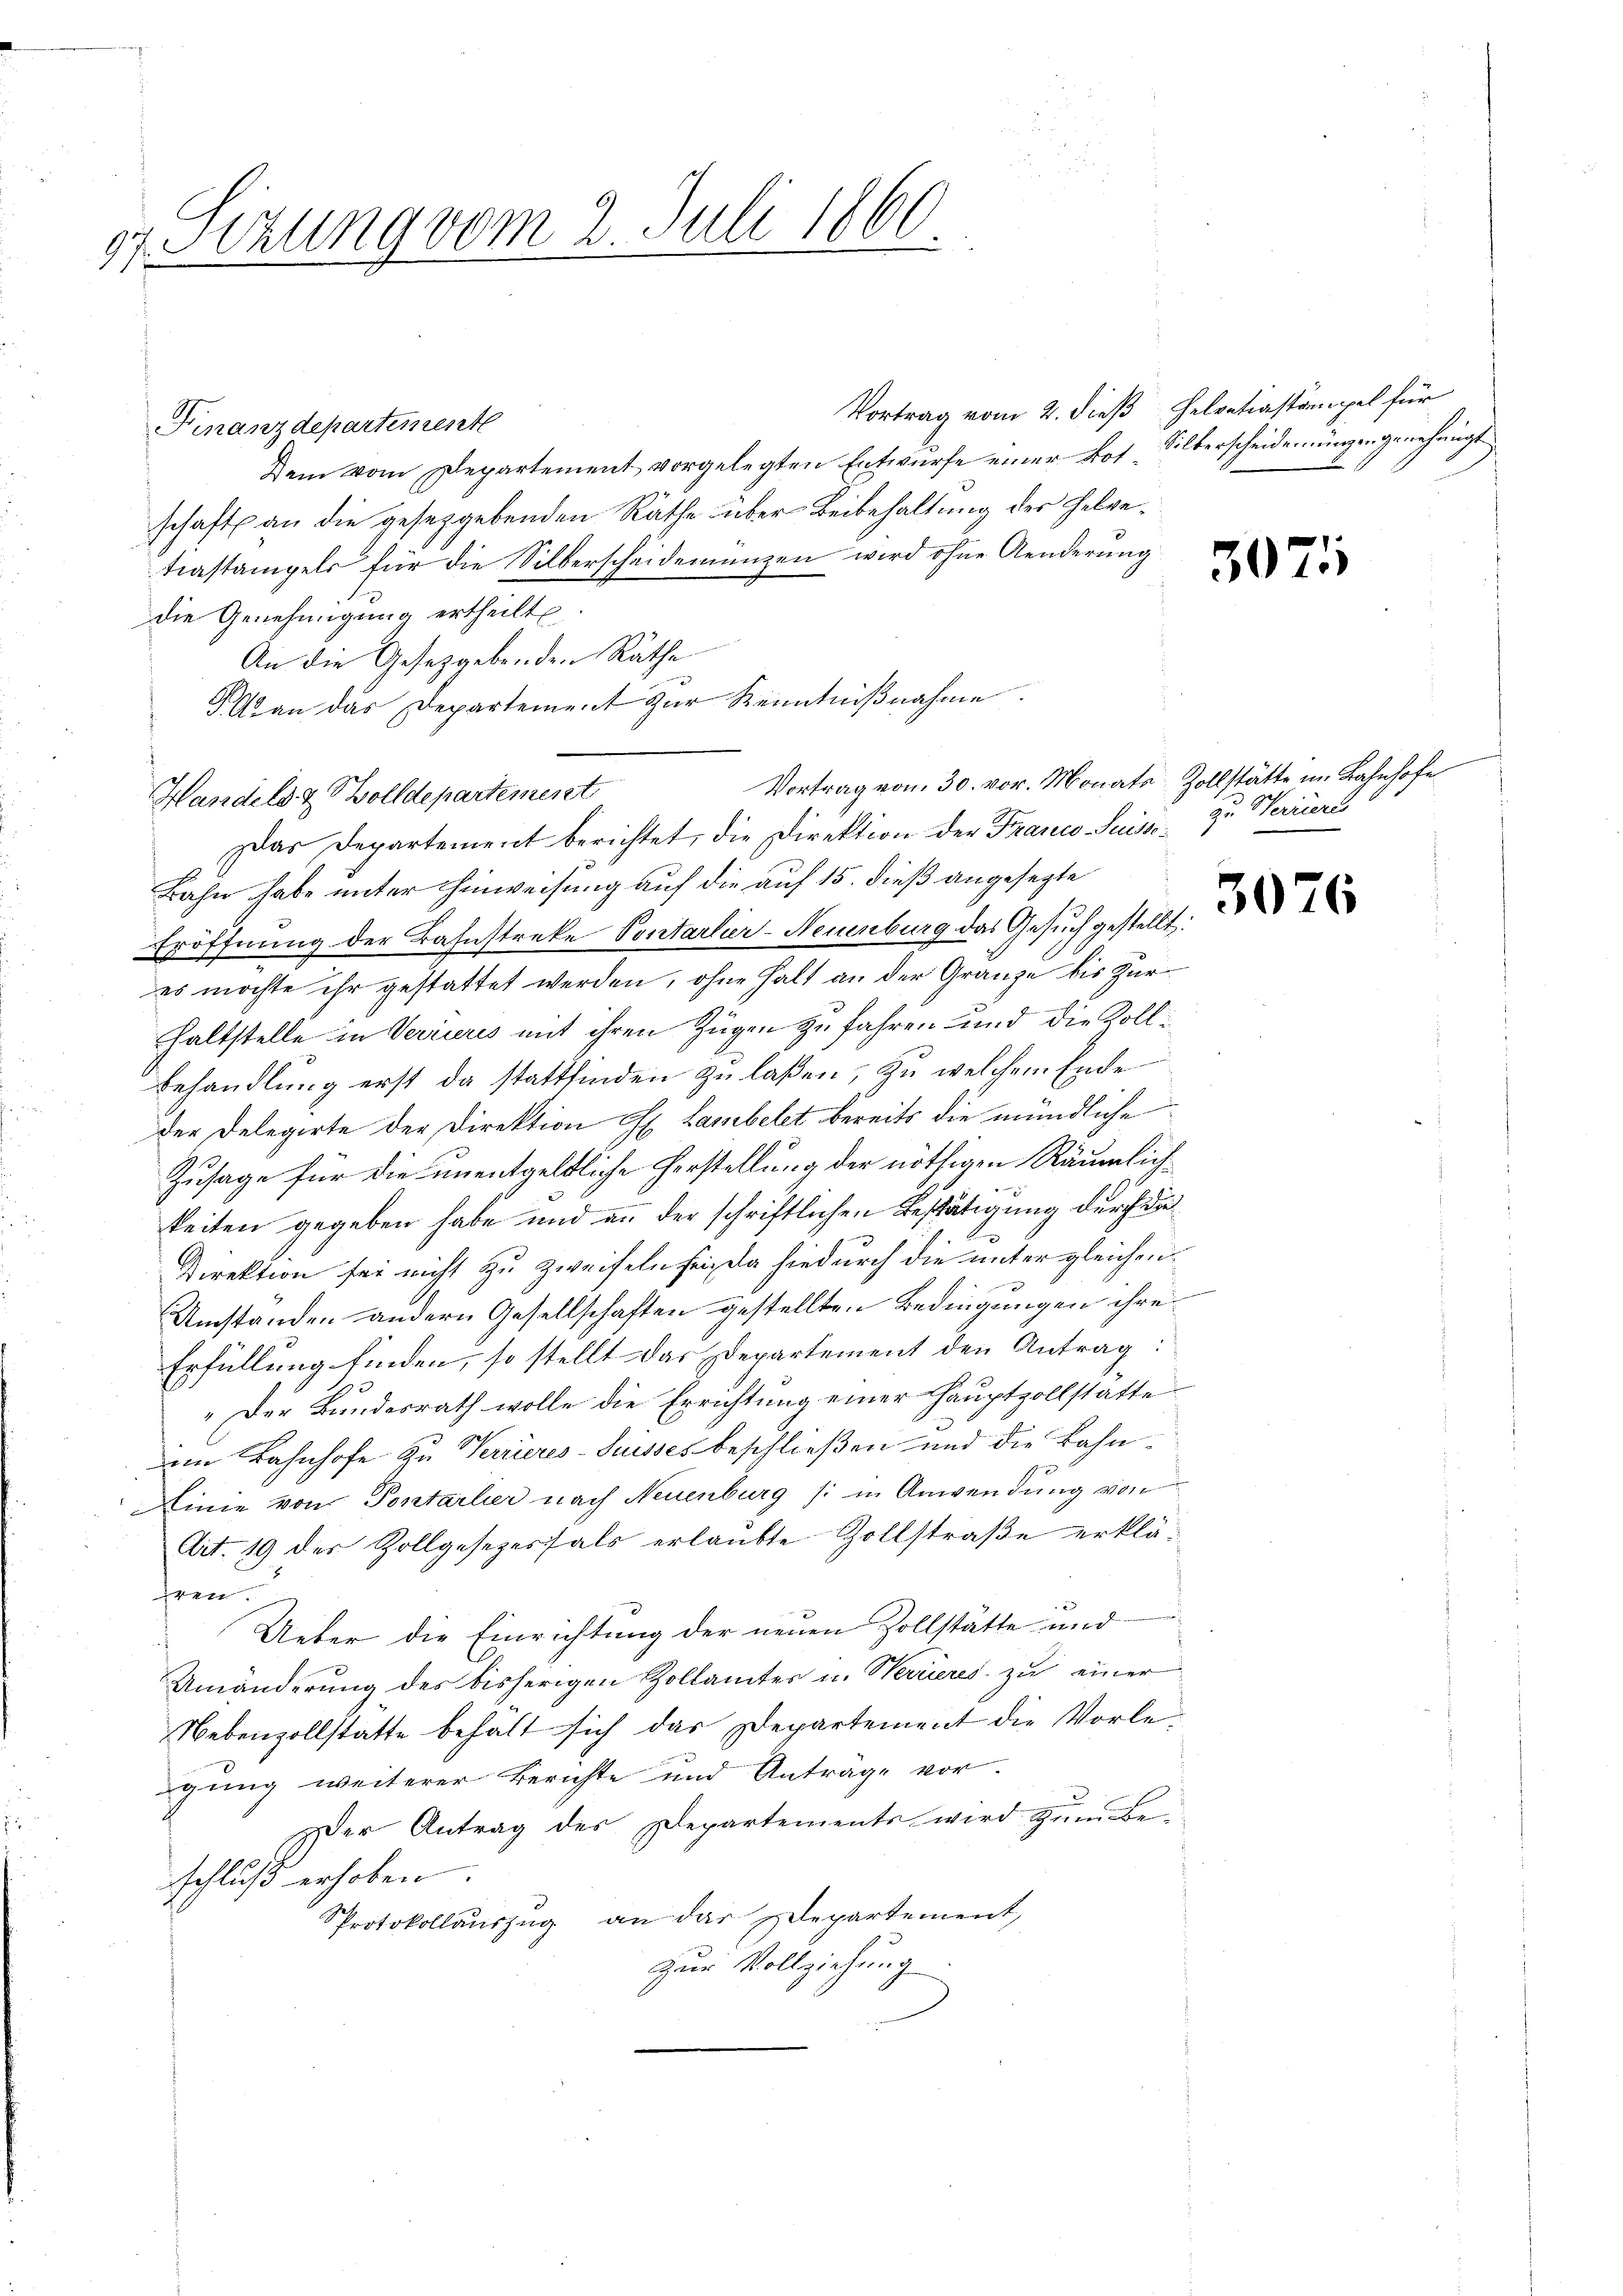
Sizung vom 2. Juli 1860
177

Finanzdepartement
Dem vom Departement vorgelegten Entwurfe einer Los. Silberscheidenungen genehmigt
schaft an die gesetzgebenden Räthe über Beibehaltung des Helvetrastampels für die Silberscheidenienzen wird ohne Aenderung
die Genehmigung ertheilt.
An die Gesetzgebenden Räthe
30 an das Departement zur Kenntnißnahme.
Handels & Bolldepartement
Das Departement berichtet, die Direktion der Franco Suisse zu Werrieres
Bahn habe unter Hinweisung auf die auf 15. dieß angesezte
Eröffnung der Bahnstreke Sontarlier-Neuenburg das Gesuch gestellt.
es möchte ihr gestattet werden, ohne halt an der Gränze bis Zur
haltstelle in Verrieres mit ihren Zügen zu fahren und die Zollbehandlung erst da stattfinden zu laßen, zu welchem Ende
der Delegirte der Direktion H. Lambelet bereits die mündliche
Zusage für die unentgeldliche Herstellung der nöthigen Räumlich
keiten gegeben habe und an der schriftlichen Bestätigung durch die
Direktion sei nicht zu zweifeln seizela hiedurch die unter gleichen
Umständen andern Gesellschaften gestellten Bedingungen ihre
Erfüllung finden, so stellt das Departement den Antrag:
" Der Bundesrath wolle die Errichtung einer Haŭptpollstatte
im Bahnhofe zu Verrieres-Suisses beschließen und die Bahn¬
Dinie von Pontarlier nach Neuenburg (: in Anwendung von
Ait. 19 des Zollgesezesfals erlaubte Zollstraße erklären.
Ueber die Einrichtung der neuen Zollstätte und
Umänderung des bisherigen Zollamtes u. Werieres zu einer
Nebenzollstatte behält sich das Departement die Vorlegung weiterer Berichte und Anträge vor.
x
Der Antrag des Departements wird zum Be-
schluß erhoben.
Protokollauszug an dar Departement,
Zur Vollziehung

Vortrag vom 2. dieß Helvetiastämpel für

30

)

Vortrag vom 30. vor. Monate Zollstätte im Bahnhofe

3076